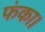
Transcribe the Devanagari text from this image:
फंका।